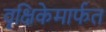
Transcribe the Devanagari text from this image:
वृक्षिकेमार्फत